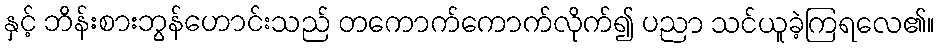
နှင့် ဘိန်းစားဘွန်ဟောင်းသည် တကောက်ကောက်လိုက်၍ ပညာ သင်ယူခဲ့ကြရလေ၏။